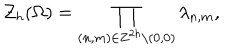
LaTeX: { \cal Z } _ { h } ( \Omega ) = \prod _ { ( n , m ) \in { \bf Z } ^ { 2 h } \backslash { ( 0 , 0 ) } } \lambda _ { n , m } ,